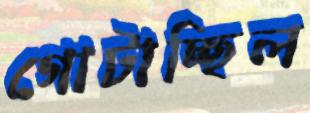
গোটাচ্ছিল